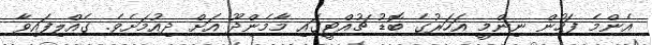
އެންމެ ފަހުން ނިންމީ އަހަރުގެ ބޮޑު ޗުއްޓީގައި މާމެންދޫ އަށް ދިއުމަށެވެ. ގެއްލިފައިވާ